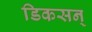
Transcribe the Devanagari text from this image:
डिकसन्